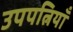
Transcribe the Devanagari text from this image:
उपपत्नियाँ